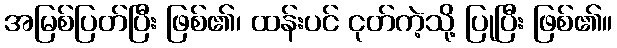
အမြစ်ပြတ်ပြီး ဖြစ်၏၊ ထန်းပင် ငုတ်ကဲ့သို့ ပြုပြီး ဖြစ်၏။